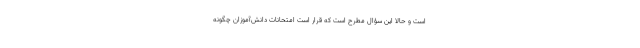
است و حالا این سؤال مطرح است که قرار است امتحانات دانش‌آموزان چگونه